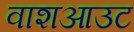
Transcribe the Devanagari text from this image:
वाशआउट